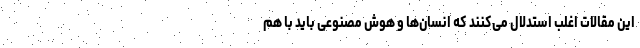
این مقالات اغلب استدلال می‌کنند که انسان‌ها و هوش مصنوعی باید با هم